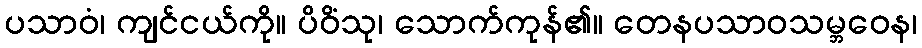
ပသာဝံ၊ ကျင်ငယ်ကို။ ပိဝိံသု၊ သောက်ကုန်၏။ တေနပသာဝသမ္ဘဝေန၊